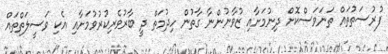
ފުރުސަތުތައް ތަނަވަސްކޮށް ދިނުމަށާއި ޒުވާނުންނާ ގާތުން ހިދުމަތް ދީ ބާރުވެރިކުރުވުމަށާއި އެކި ވަސީލަތްތައް